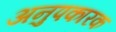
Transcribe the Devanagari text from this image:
अनुपकारक